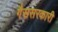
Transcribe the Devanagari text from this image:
गैससरकारी